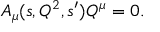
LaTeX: A _ { \mu } ( s , Q ^ { 2 } , s ^ { \prime } ) Q ^ { \mu } = 0 .